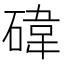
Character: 𥔬